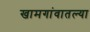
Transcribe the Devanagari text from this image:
खामगांवातल्या